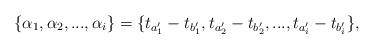
LaTeX: \begin{align*}\{ \alpha_1, \alpha_2,..., \alpha_i \} = \{ t_{a_1'}-t_{b_1'}, t_{a_2'}-t_{b_2'},..., t_{a_{i}'}-t_{b_{i}'} \},\end{align*}